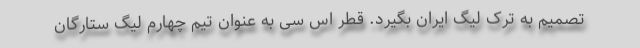
تصمیم به ترک لیگ ایران بگیرد. قطر اس سی به عنوان تیم چهارم لیگ ستارگان